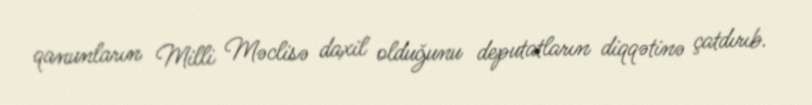
qanunların Milli Məclisə daxil olduğunu deputatların diqqətinə çatdırıb.